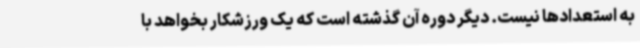
به استعدادها نیست. دیگر دوره آن گذشته است که یک ورزشکار بخواهد با